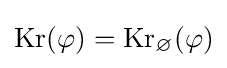
{\mbox{Kr}}(\varphi )={\mbox{Kr}}_{\varnothing }(\varphi )